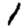
Digit: 1